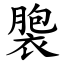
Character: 褜